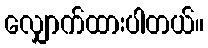
လျှောက်ထားပါတယ်။